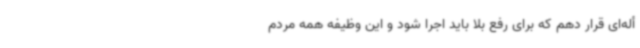
أله‌ای قرار دهم که برای رفع بلا باید اجرا شود و این وظیفه همه مردم